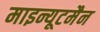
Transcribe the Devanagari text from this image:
माइन्यूटमैन